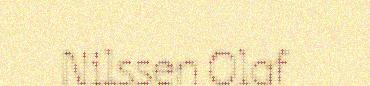
Nilssen Olaf